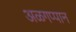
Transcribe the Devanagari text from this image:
अळगप्पान